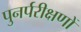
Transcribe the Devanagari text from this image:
पुनर्परीक्षणों